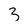
Character: 3